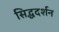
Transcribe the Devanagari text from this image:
सिद्धदर्शन